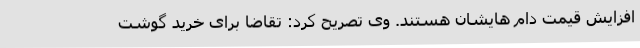
افزایش قیمت دام هایشان هستند. وی تصریح کرد: تقاضا برای خرید گوشت